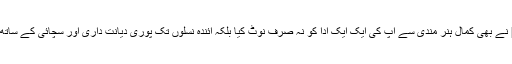
صحابہ کرام] نے بھی کمال ہنر مندی سے آپ کی ایک ایک ادا کو نہ صرف نوٹ کیا بلکہ آئندہ نسلوں تک پوری دیانت داری اور سچائی کے ساتھ بیان کر دیا ۔